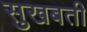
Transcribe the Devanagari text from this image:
सुखबती